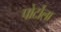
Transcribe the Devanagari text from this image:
पोर्टोला